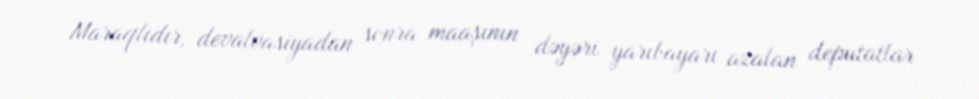
Maraqlıdır, devalvasiyadan sonra maaşının dəyəri yarıbayarı azalan deputatlar